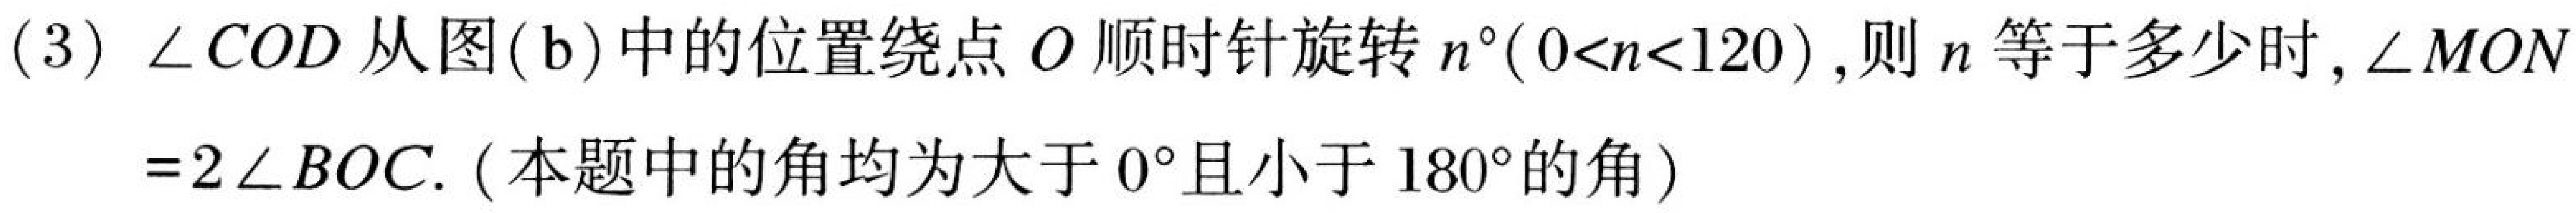
(3) \(\angle COD\)从图(\(b\))中的位置绕点\(O\)顺时针旋转\(n^{\circ}(0 < n < 120)\) ,则\(n\)等于多少时,\(\angle MON\)
\(=2\angle BOC\). (本题中的角均为大于\(0^{\circ}\)且小于\(180^{\circ}\)的角)